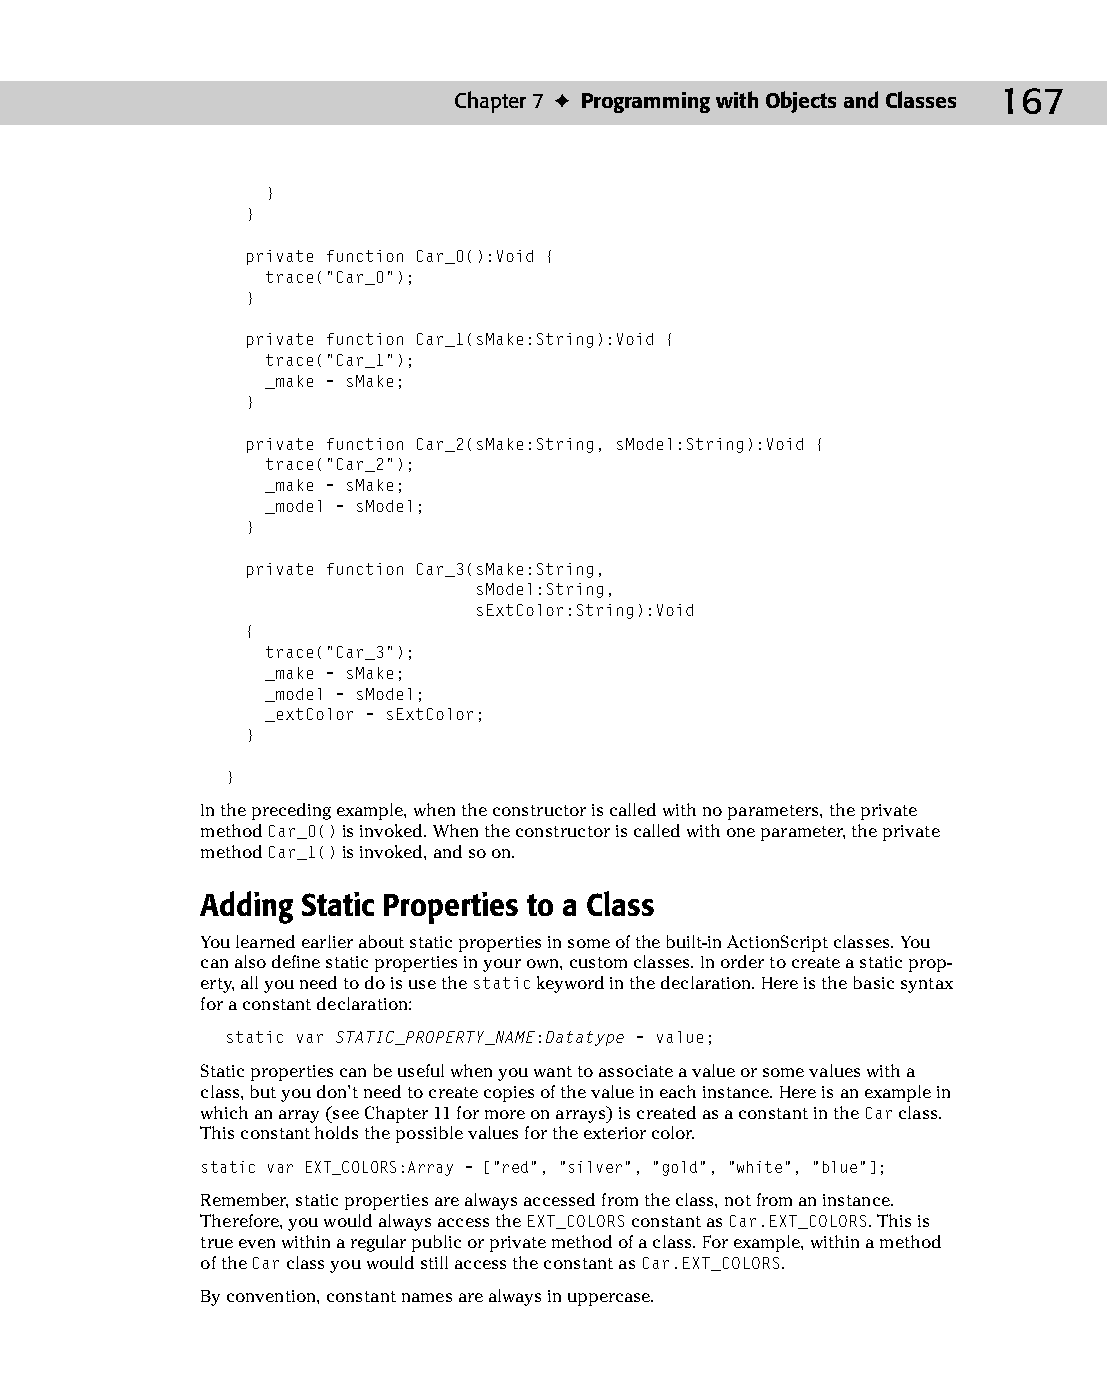
10 543547 ch07.qxd 3/24/04 3:50 PM Page 167
 Chapter 7 ✦ Programming with Objects and Classes 167
 }
 }
 private function Car_0():Void {
 trace(“Car_0”);
 }
 private function Car_1(sMake:String):Void {
 trace(“Car_1”);
 _make = sMake;
 }
 private function Car_2(sMake:String, sModel:String):Void {
 trace(“Car_2”);
 _make = sMake;
 _model = sModel;
 }
 private function Car_3(sMake:String,
 sModel:String,
 sExtColor:String):Void
 {
 trace(“Car_3”);
 _make = sMake;
 _model = sModel;
 _extColor = sExtColor;
 }
 }
 In the preceding example, when the constructor is called with no parameters, the private
 method Car_0() is invoked. When the constructor is called with one parameter, the private
 method Car_1() is invoked, and so on.
 Adding Static Properties to a Class
 You learned earlier about static properties in some of the built-in ActionScript classes. You
 can also define static properties in your own, custom classes. In order to create a static prop­
 erty, all you need to do is use the static keyword in the declaration. Here is the basic syntax
 for a constant declaration:
 static var STATIC_PROPERTY_NAME:Datatype = value;
 Static properties can be useful when you want to associate a value or some values with a
 class, but you don’t need to create copies of the value in each instance. Here is an example in
 which an array (see Chapter 11 for more on arrays) is created as a constant in the Car class.
 This constant holds the possible values for the exterior color.
 static var EXT_COLORS:Array = [“red”, “silver”, “gold”, “white”, “blue”];
 Remember, static properties are always accessed from the class, not from an instance.
 Therefore, you would always access the EXT_COLORS constant as Car.EXT_COLORS. This is
 true even within a regular public or private method of a class. For example, within a method
 of the Car class you would still access the constant as Car.EXT_COLORS.
 By convention, constant names are always in uppercase.